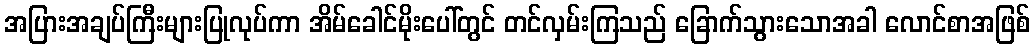
အပြားအချပ်ကြီးများပြုလုပ်ကာ အိမ်ခေါင်မိုးပေါ်တွင် တင်လှမ်းကြသည် ခြောက်သွားသောအခါ လောင်စာအဖြစ်